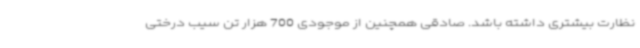
نظارت بیشتری داشته باشد. صادقی همچنین از موجودی 700 هزار تن سیب درختی